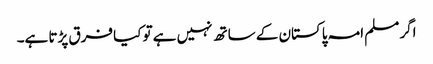
اگر مسلم امہ پاکستان کے ساتھ نہیں ہے تو کیا فرق پڑتا ہے۔